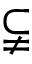
\subsetneqq